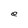
Character: e